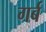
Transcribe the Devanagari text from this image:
गर्ब